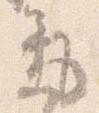
気